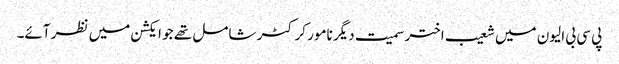
پی سی بی الیون میں شعیب اختر سمیت دیگر نامور کرکٹر شامل تھے جو ایکشن میں نظر آئے۔